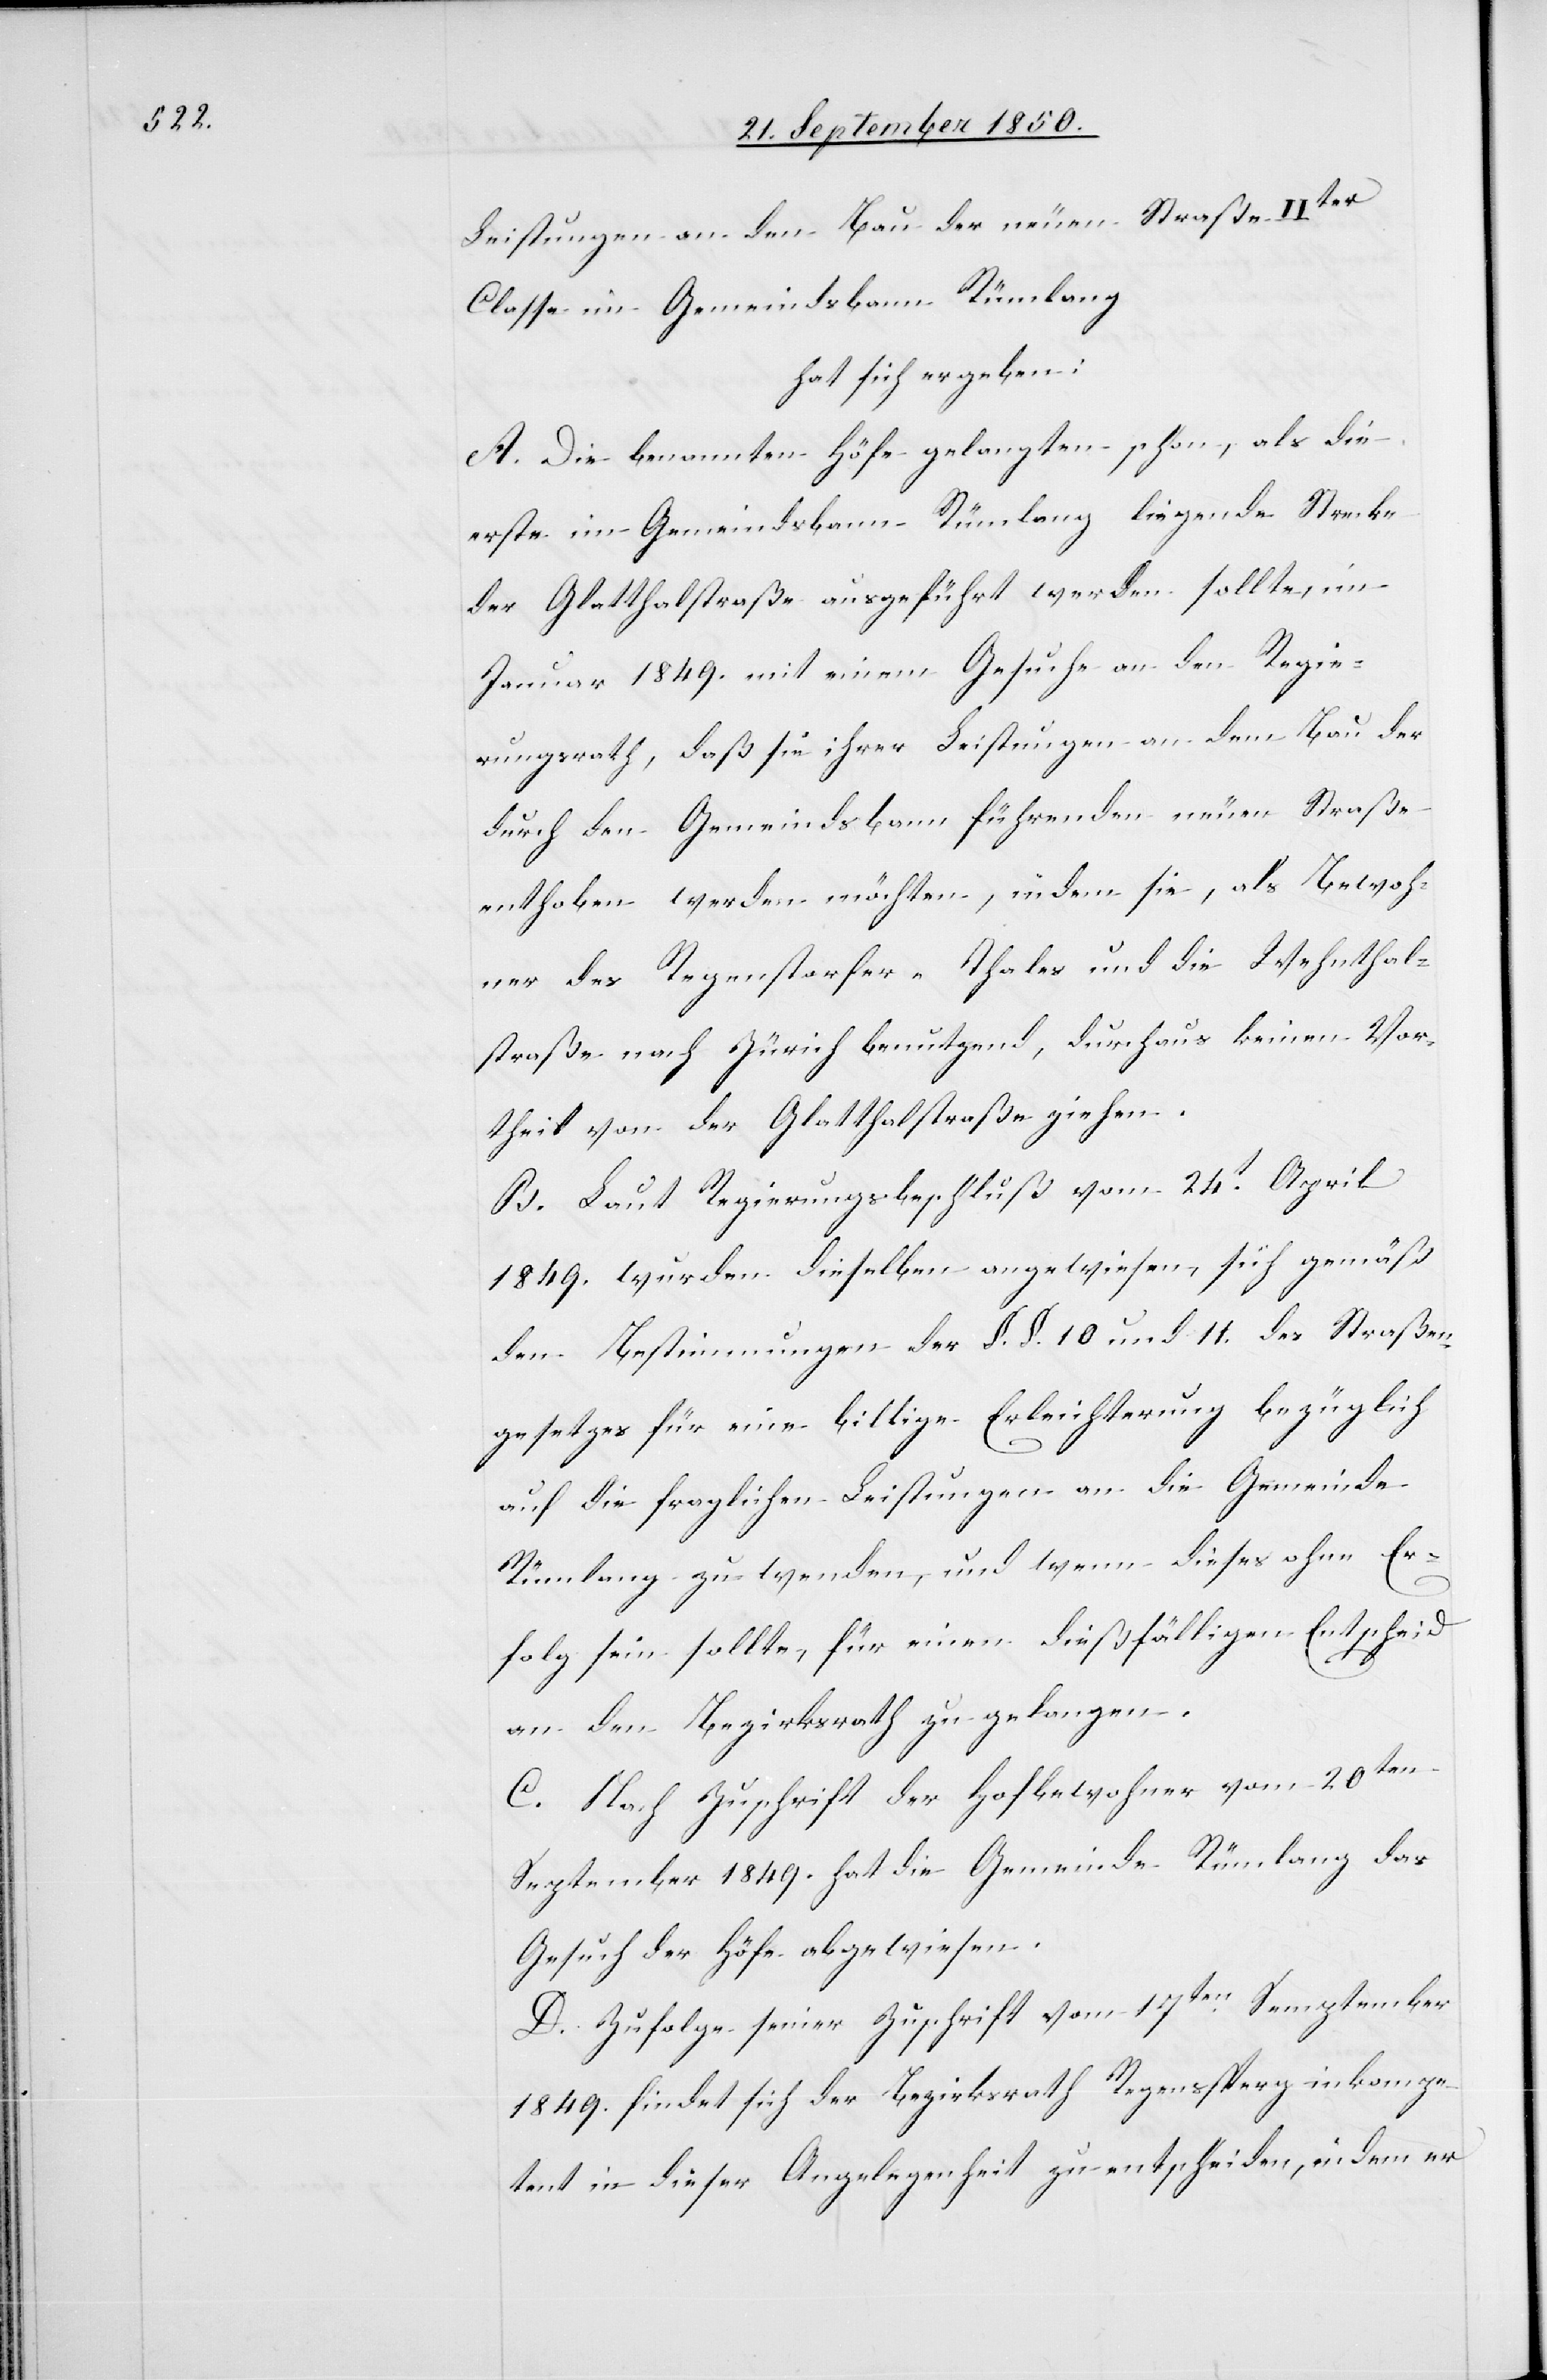
Leistungen an den Bau der neuen Straße IIter
Classe im Gemeindsbann Rümlang
hat sich ergeben:
A. Die benannten Höfe gelangten schon, als die
erste im Gemeindsbann Rümlang liegende Strecke
der Glatthaltstraße ausgeführt werden sollte, im
Januar 1849. mit einem Gesuche an den Regie¬
rungsrath, daß sie ihrer Leistungen an dem Bau der
durch den Gemeindsbann führenden neuen Straße
enthoben werden möchten, indem sie, als Bewoh¬
ner des Regenstorfer-Thales und die Wehnthal¬
straße nach Zürich benutzend, durchaus keinen Vor¬
theil von der Glatthalstraße ziehen.
B. Laut Regierungsbeschluß vom 24t April
1849. wurden dieselben angewiesen, sich gemäß
den Bestimmungen der §. §. 10 und 11. des Straßen¬
gesetzes für eine billige Erleichterung bezüglich
auf die fraglichen Leistungen an die Gemeinde
Rümlang zu wenden, und wenn dieses ohne Er¬
folg sein sollte, für einen dießfälligen Entscheid
an den Bezirksrath zu gelangen.
C. Nach Zuschrift der Hofbewohner vom 20ten
September 1849. hat die Gemeinde Rümlang das
Gesuch der Höfe abgewiesen.
D. Zufolge seiner Zuschrift vom 17ten September
1849. findet sich der Bezirksrath Regensperg inkompe¬
tent in dieser Angelegenheit zu entscheiden, indem er